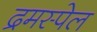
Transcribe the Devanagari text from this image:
द्रमस्पेल